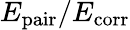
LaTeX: E_{\textrm{pair}}/E_{\textrm{corr}}